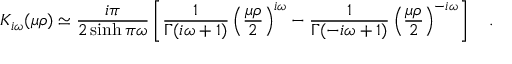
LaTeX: K _ { i \omega } ( \mu \rho ) \simeq { \frac { i \pi } { 2 \sinh \pi \omega } } \left[ { \frac { 1 } { \Gamma ( i \omega + 1 ) } } \left( { \frac { \mu \rho } { 2 } } \right) ^ { i \omega } - { \frac { 1 } { \Gamma ( - i \omega + 1 ) } } \left( { \frac { \mu \rho } { 2 } } \right) ^ { - i \omega } \right] ~ ~ ~ .